Vaccination in Bombay 1924-1928 - 1924-1928
Year: 1924
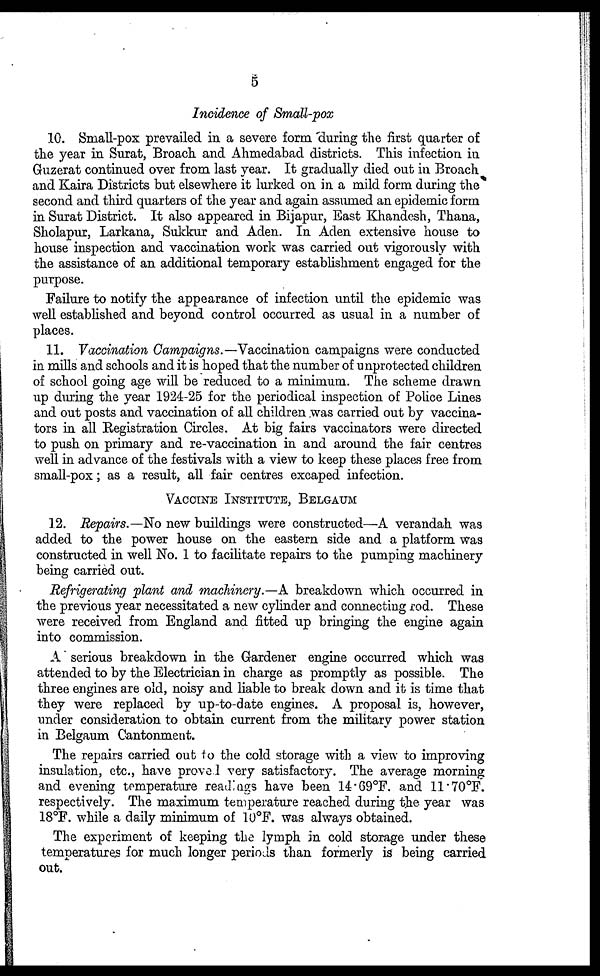
5
Incidence of Small-pox
10. Small-pox prevailed in a severe form during the first quarter of
the year in Surat, Broach and Ahmedabad districts. This infection in
Guzerat continued over from last year. It gradually died out in Broach
and Kaira Districts but elsewhere it lurked on in a mild form during the
second and third quarters of the year and again assumed an epidemic form
in Surat District. It also appeared in Bijapur, East Khandesh, Thana,
Sholapur, Larkana, Sukkur and Aden. In Aden extensive house to
house inspection and vaccination work was carried out vigorously with
the assistance of an additional temporary establishment engaged for the
purpose.
Failure to notify the appearance of infection until the epidemic was
well established and beyond control occurred as usual in a number of
places.
11. Vaccination Campaigns.—Vaccination campaigns were conducted
in mills and schools and it is hoped that the number of unprotected children
of school going age will be reduced to a minimum. The scheme drawn
up during the year 1924-25 for the periodical inspection of Police Lines
and out posts and vaccination of all children was carried out by vaccina-
tors in all Registration Circles. At big fairs vaccinators were directed
to push on primary and re-vaccination in and around the fair centres
well in advance of the festivals with a view to keep these places free from
small-pox; as a result, all fair centres excaped infection.
VACCINE INSTITUTE, BELGAUM
12. Repairs.—No new buildings were constructed—A verandah was
added to the power house on the eastern side and a platform was
constructed in well No. 1 to facilitate repairs to the pumping machinery
being carried out.
Refrigerating plant and machinery.—A breakdown which occurred in
the previous year necessitated a new cylinder and connecting rod. These
were received from England and fitted up bringing the engine again
into commission.
A serious breakdown in the Gardener engine occurred which was
attended to by the Electrician in charge as promptly as possible. The
three engines are old, noisy and liable to break down and it is time that
they were replaced by up-to-date engines. A proposal is, however,
under consideration to obtain current from the military power station
in Belgaum Cantonment.
The repairs carried out to the cold storage with a view to improving
insulation, etc., have proved very satisfactory. The average morning
and evening temperature readings have been 14.69°F. and 11.70°F.
respectively. The maximum temperature reached during the year was
18°F. while a daily minimum of 10°F. was always obtained.
The experiment of keeping the lymph in cold storage under these
temperatures for much longer periods than formerly is being carried
out.